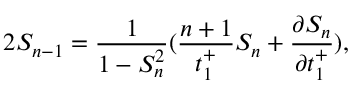
2 S _ { n - 1 } = \frac { 1 } { 1 - S _ { n } ^ { 2 } } ( \frac { n + 1 } { t _ { 1 } ^ { + } } S _ { n } + \frac { \partial S _ { n } } { \partial t _ { 1 } ^ { + } } ) ,